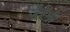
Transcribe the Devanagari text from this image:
जैरेमी